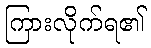
ကြားလိုက်ရ၏